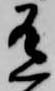
有